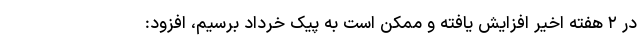
در ۲ هفته اخیر افزایش یافته و ممکن است به پیک خرداد برسیم، افزود: